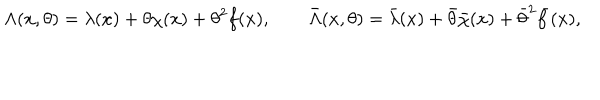
\Lambda ( x , \theta ) = \lambda ( x ) + \theta \chi ( x ) + \theta ^ { 2 } f ( x ) , \qquad \bar { \Lambda } ( x , \theta ) = \bar { \lambda } ( x ) + \bar { \theta } \bar { \chi } ( x ) + \bar { \theta } ^ { 2 } \bar { f } ( x ) ,